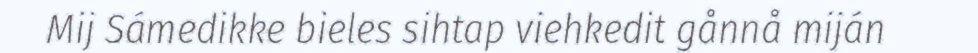
Mij Sámedikke bieles sihtap viehkedit gånnå miján